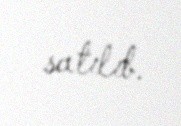
satılıb.